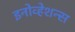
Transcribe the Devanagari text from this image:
इनोव्हेशन्स